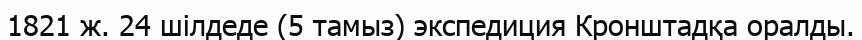
1821 ж. 24 шілдеде (5 тамыз) экспедиция Кронштадқа оралды.